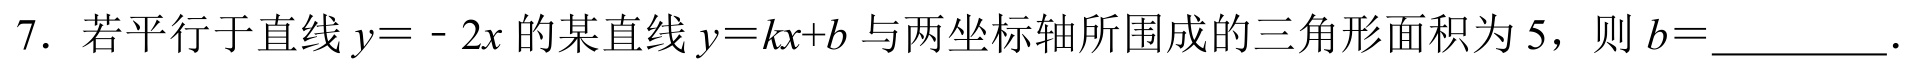
7. 若平行于直线\(y = - 2x\)的某直线\(y = kx + b\)与两坐标轴所围成的三角形面积为\(5\)，则\(b=\)_________.